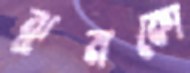
ঝুমকো